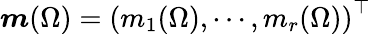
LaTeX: \boldsymbol{m}(\Omega)=\left(m_{1}(\Omega),\cdots,m_{r}(\Omega)\right)^{\top}